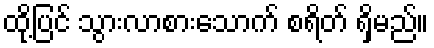
ထို့ပြင် သွားလာစားသောက် စရိတ် ရှိမည်။